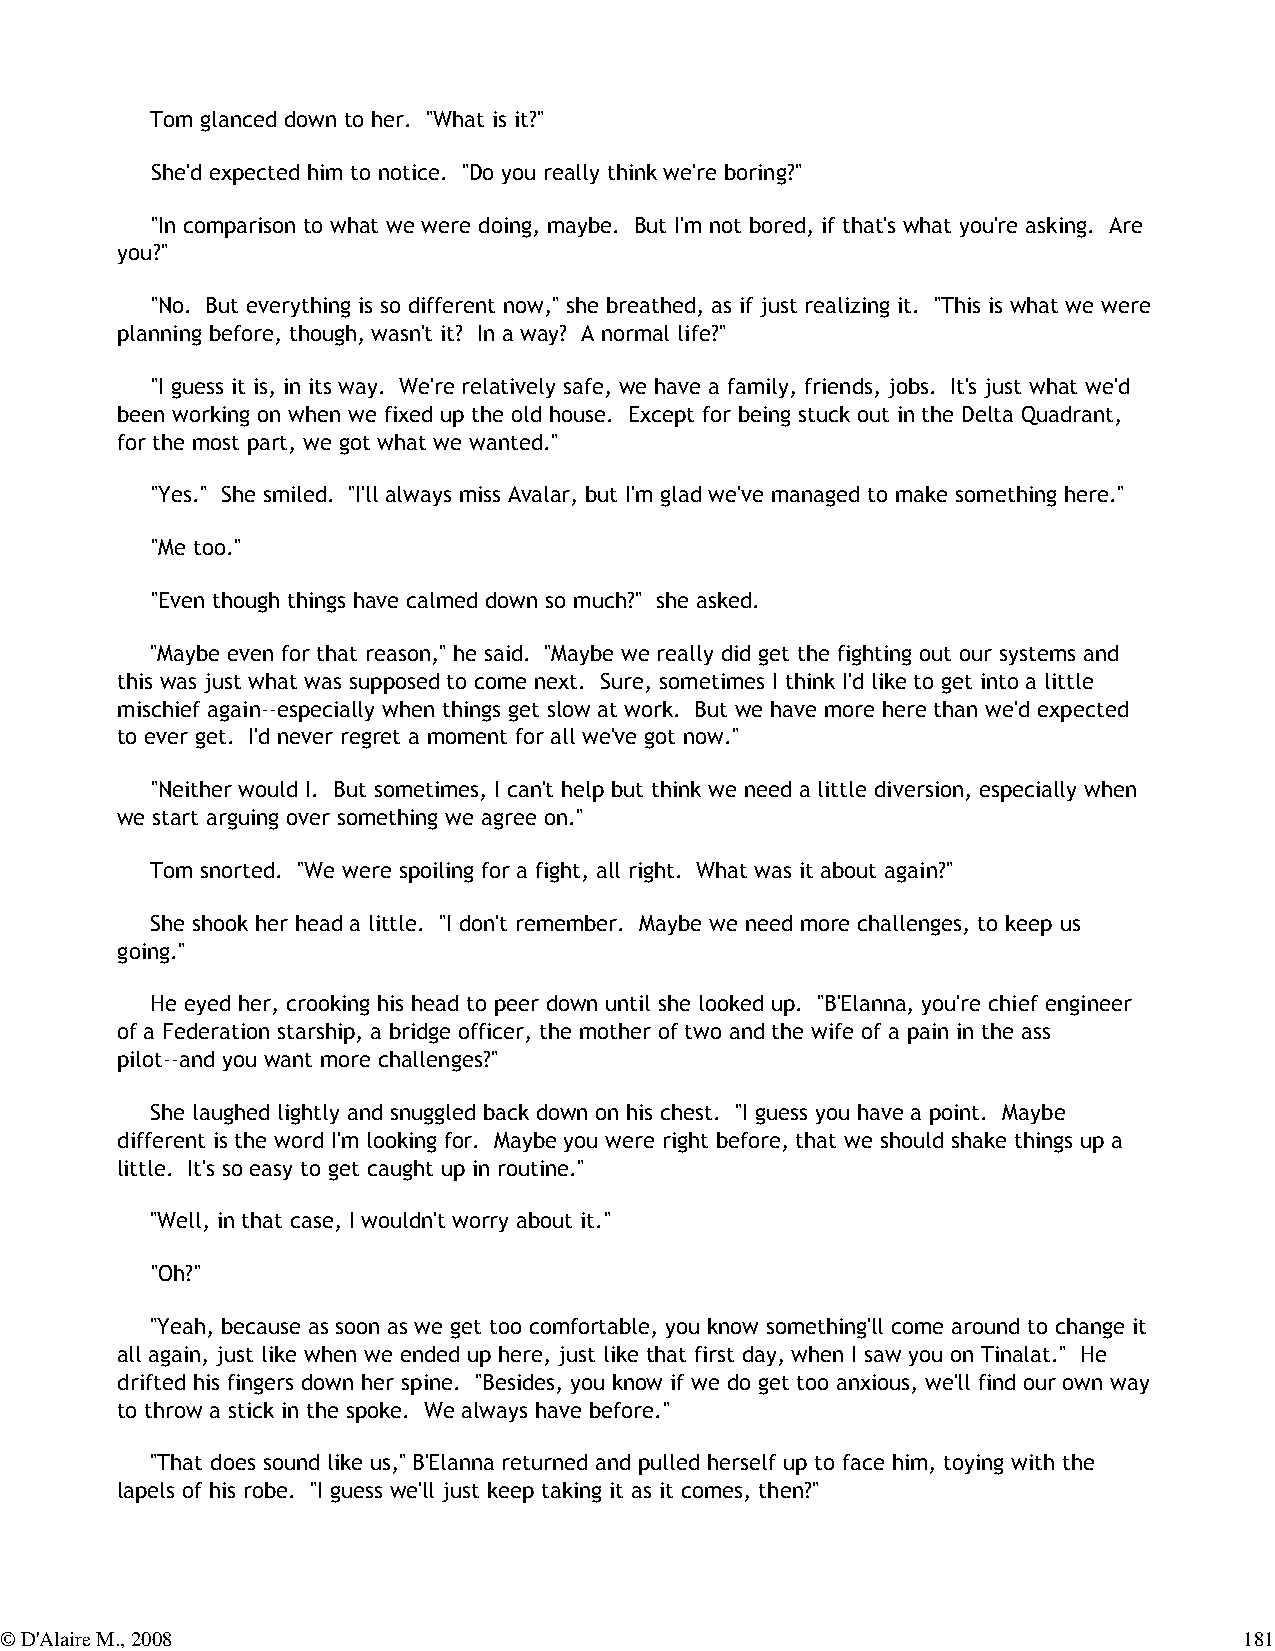
Tom glanced down to her. "What is it?"
 She'd expected him to notice. "Do you really think we're boring?"
 "In comparison to what we were doing, maybe. But I'm not bored, if that's what you're asking. Are
 you?"
 "No. But everything is so different now," she breathed, as if just realizing it. "This is what we were
 planning before, though, wasn't it? In a way? A normal life?"
 "I guess it is, in its way. We're relatively safe, we have a family, friends, jobs. It's just what we'd
 been working on when we fixed up the old house. Except for being stuck out in the Delta Quadrant,
 for the most part, we got what we wanted."
 "Yes." She smiled. "I'll always miss Avalar, but I'm glad we've managed to make something here."
 "Me too."
 "Even though things have calmed down so much?" she asked.
 "Maybe even for that reason," he said. "Maybe we really did get the fighting out our systems and
 this was just what was supposed to come next. Sure, sometimes I think I'd like to get into a little
 mischief again--especially when things get slow at work. But we have more here than we'd expected
 to ever get. I'd never regret a moment for all we've got now."
 "Neither would I. But sometimes, I can't help but think we need a little diversion, especially when
 we start arguing over something we agree on."
 Tom snorted. "We were spoiling for a fight, all right. What was it about again?"
 She shook her head a little. "I don't remember. Maybe we need more challenges, to keep us
 going."
 He eyed her, crooking his head to peer down until she looked up. "B'Elanna, you're chief engineer
 of a Federation starship, a bridge officer, the mother of two and the wife of a pain in the ass
 pilot--and you want more challenges?"
 She laughed lightly and snuggled back down on his chest. "I guess you have a point. Maybe
 different is the word I'm looking for. Maybe you were right before, that we should shake things up a
 little. It's so easy to get caught up in routine."
 "Well, in that case, I wouldn't worry about it."
 "Oh?"
 "Yeah, because as soon as we get too comfortable, you know something'll come around to change it
 all again, just like when we ended up here, just like that first day, when I saw you on Tinalat." He
 drifted his fingers down her spine. "Besides, you know if we do get too anxious, we'll find our own way
 to throw a stick in the spoke. We always have before."
 "That does sound like us," B'Elanna returned and pulled herself up to face him, toying with the
 lapels of his robe. "I guess we'll just keep taking it as it comes, then?"
 © D'Alaire M., 2008                                                               181